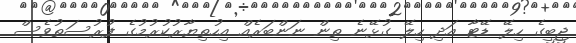
ޖީބީގެ ހިލޭ ޑޭޓާ އަދި ހިލޭ ގުޅޭނެ ތިން ނަންބަރެއް އިހުތިޔާރުކުރުމުގެ ފުރުސަތުވެސް